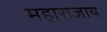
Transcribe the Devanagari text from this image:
महाराजाय